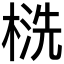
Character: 𰘁